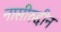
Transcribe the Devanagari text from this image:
नासीरुद्दीन